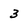
Character: 3